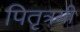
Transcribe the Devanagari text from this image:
पितृत्रयी